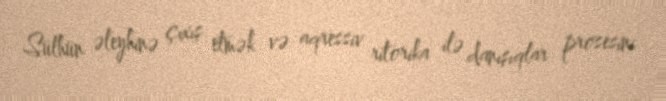
Sülhün əleyhinə çıxış etmək və aqressiv ritorika ilə danışıqlar prosesini